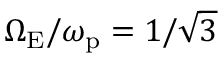
\Omega _ { \mathrm { E } } / \omega _ { \mathrm { p } } = 1 / \sqrt { 3 }